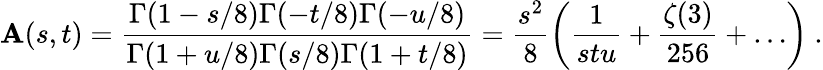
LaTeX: \mathbf{A}(s,t)=\frac{{\Gamma(1-s/8)\Gamma(-t/8)\Gamma(-u/8)}}{{\Gamma(1+u/8)\Gamma(s/8)\Gamma(1+t/8)}}=\frac{{s^{2}}}{{8}}\left(\frac{{1}}{{stu}}+\frac{{\zeta(3)}}{{256}}+\dots\right)\ .